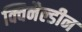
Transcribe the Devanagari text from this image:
क्विनैल्डीन